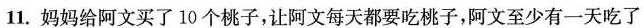
11.妈妈给阿文买了10个桃子，让阿文每天都要吃桃子，阿文至少有一天吃了